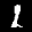
Label: 1